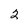
Character: 2